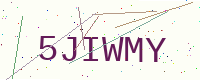
Text: 5JIWMY